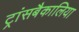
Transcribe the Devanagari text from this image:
ट्रांसबैकालिया